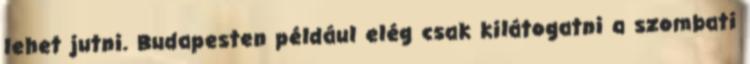
lehet jutni. Budapesten például elég csak kilátogatni a szombati